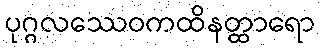
ပုဂ္ဂလဿေဝကထိနတ္ထာရော